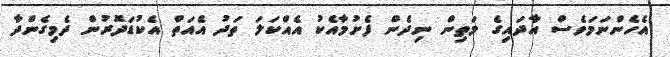
އެހެންނަމަވެސް އާދައިގެ މަތިން ނިދެން ފެށުމާއެކު އެއްކަލަ ތަދު އެއަތް އެކުޑަދޮރުން ދެމިގެންދާ